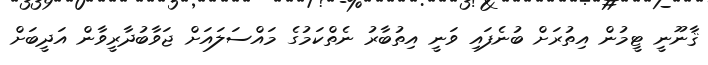
ޤާނޫނީ ޓީމުން އިތުރަށް ބުނެފައި ވަނީ އިތުބާރު ނެތްކަމުގެ މައްސަލައަށް ޖަވާބުދާރީވާން އަދީބަށް